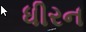
ધીરન